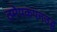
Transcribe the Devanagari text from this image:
ठमेपकपनउद्ध